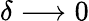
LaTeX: \delta\longrightarrow 0